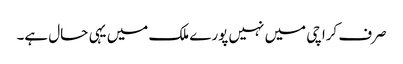
صرف کراچی میں نہیں پورے ملک میں یہی حال ہے۔